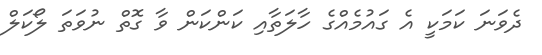
ދެވަނަ ކަމަކީ އެ ގައުމެއްގެ ހާލަތާއި ކަންކަން ވާ ގޮތް ނުވަތަ ލޯކަލް